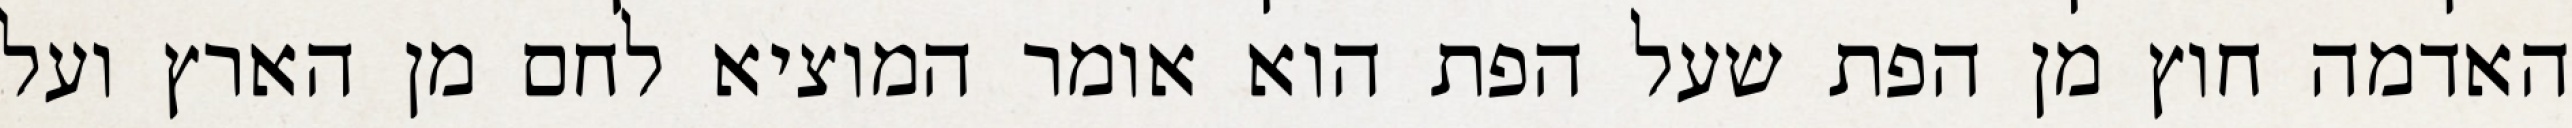
האדמה חוץ מן הפת שעל הפת הוא אומר המוציא לחם מן הארץ ועל